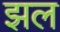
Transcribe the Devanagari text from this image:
झल